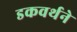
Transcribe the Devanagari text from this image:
डकवर्थने